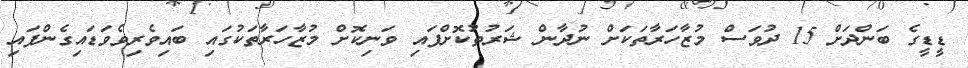
ޑީޑީގެ ބަންދަށް 15 ދުވަސް މުޒާހަރާތަކަށް ނުދާން ޝަރުތުކޮށްފައި ވަނިކޮށް މުޒާހަރާތަކުގައި ބައިވެރިވެވަޑައިގެންފައި